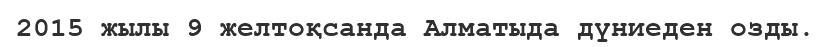
2015 жылы 9 желтоқсанда Алматыда дүниеден озды.